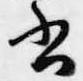
書